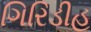
ગિરિડીહ